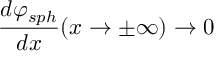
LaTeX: \frac { d \varphi _ { s p h } } { d x } ( x \rightarrow \pm \infty ) \rightarrow 0